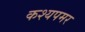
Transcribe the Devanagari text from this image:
कश्यपमर